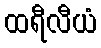
ထရီလီယံ